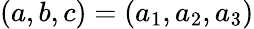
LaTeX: (a,b,c)=(a_{1},a_{2},a_{3})